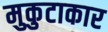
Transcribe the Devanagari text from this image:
मुकुटाकार